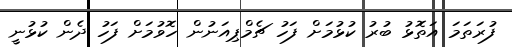
ފުރަތަމަ އަތޮޅު ބުރު ކުޅުމަށް ފަހު ޗެމްޕިއަނުން ހޮވުމަށް ފަހު ދެން ކުޅުނީ